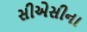
સીએસીના